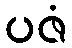
ပဇံ